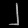
Digit: ၂